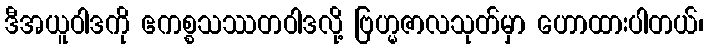
ဒီအယူဝါဒကို ဧကစ္စသဿတဝါဒလို့ ဗြဟ္မဇာလသုတ်မှာ ဟောထားပါတယ်၊